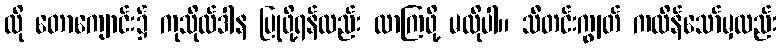
ထို တောကျောင်း၌ ကုသိုလ်ဒါန ပြုဖို့ရန်လည်း လာကြဖို့ မလိုပါ။ သီတင်းကျွတ် ကထိန်သော်မှလည်း